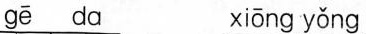
gē da xiōng yǒng